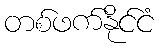
တစ်ဖက်နိုင်ငံ